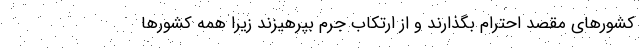
کشورهای مقصد احترام بگذارند و از ارتکاب جرم بپرهیزند زیرا همه کشورها